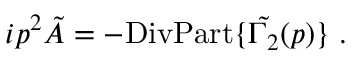
i p ^ { 2 } \tilde { A } = - \mathrm { D i v P a r t } \{ \tilde { \Gamma _ { 2 } } ( p ) \} \; .